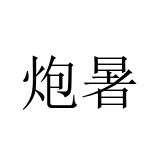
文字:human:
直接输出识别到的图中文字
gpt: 炮暑